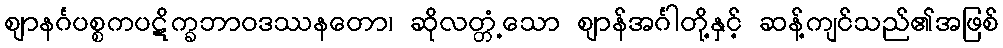
ဈာနင်္ဂပစ္စကပဋိက္ခဘာဝဒဿနတော၊ ဆိုလတ္တံ့သော ဈာန်အင်္ဂါတို့နှင့် ဆန့်ကျင်သည်၏အဖြစ်